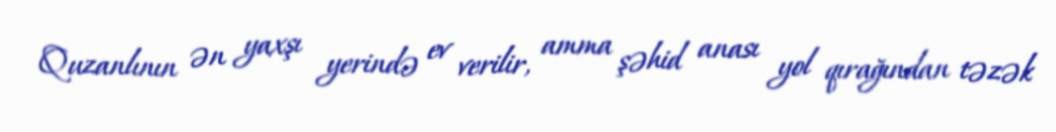
Quzanlının ən yaxşı yerində ev verilir, amma şəhid anası yol qırağından təzək